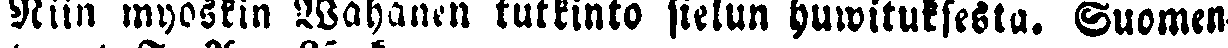
Niin myöskin Wähänen tutkinto sielun huwituksesta. Suomen